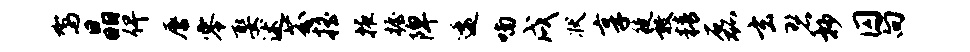
驾晶俾唇零娶述芬摇掖握陴逶喃戌状享徒敦精磊玄碧抄囚向